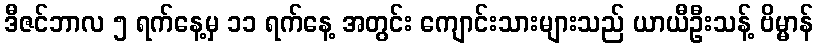
ဒီဇင်ဘာလ ၅ ရက်နေ့မှ ၁၁ ရက်နေ့ အတွင်း ကျောင်းသားများသည် ယာယီဦးသန့် ဗိမ္မာန်